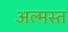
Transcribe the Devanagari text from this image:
अल्मस्त